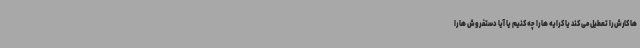
ها کارش را تعطیل می کند یا کرایه ها را چه کنیم یا آیا دستفروش ها را